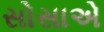
સોસાએ